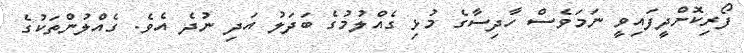
ފޯރިކޮށްދީފައިވީ ނަމަވެސް ހާދިސާގެ މުޅި ގެއްލުމުގެ ބަދަލު އަދި ނުދެ އެވެ. ގެއްލުންތަކުގެ